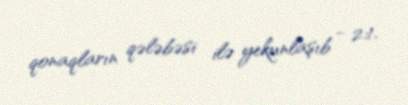
qonaqların qələbəsi ilə yekunlaşıb - 2:1.